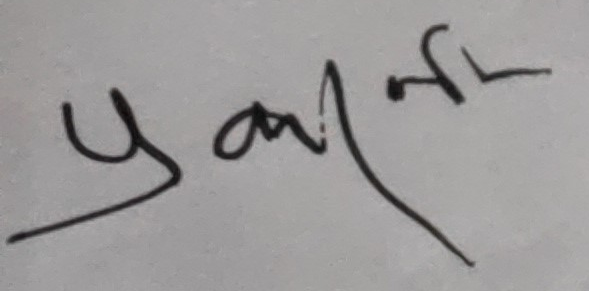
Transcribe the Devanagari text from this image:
प्रकाशनर